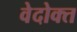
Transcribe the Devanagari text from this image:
वेदोक्‍त